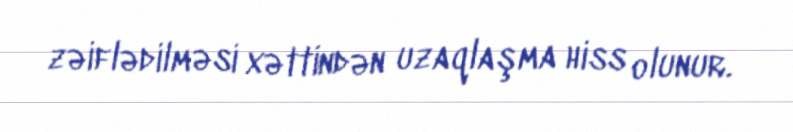
zəiflədilməsi xəttindən uzaqlaşma hiss olunur.